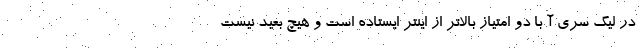
در لیگ سری آ با دو امتیاز بالاتر از اینتر ایستاده است و هیچ بعید نیست